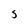
Character: 5